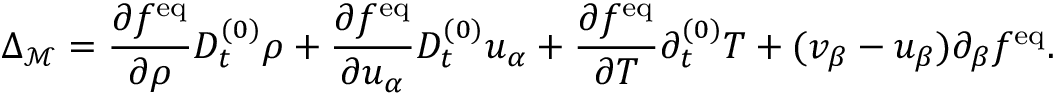
\Delta _ { \mathcal { M } } = \frac { \partial f ^ { \mathrm { e q } } } { \partial \rho } D _ { t } ^ { ( 0 ) } \rho + \frac { \partial f ^ { \mathrm { e q } } } { \partial u _ { \alpha } } D _ { t } ^ { ( 0 ) } u _ { \alpha } + \frac { \partial f ^ { \mathrm { e q } } } { \partial T } \partial _ { t } ^ { ( 0 ) } T + ( v _ { \beta } - u _ { \beta } ) \partial _ { \beta } f ^ { \mathrm { e q } } .